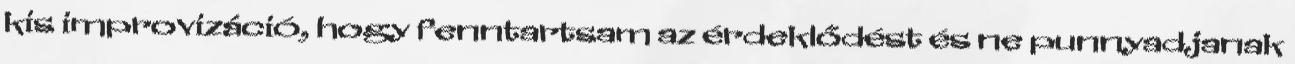
kis improvizáció, hogy fenntartsam az érdeklődést és ne punnyadjanak